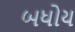
બધોય